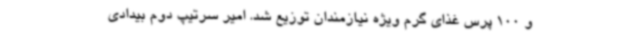
و 100 پرس غذای گرم ویژه نیازمندان توزیع شد. امیر سرتیپ دوم بیدادی